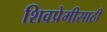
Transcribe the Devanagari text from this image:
शिवप्रेमीसाठी